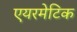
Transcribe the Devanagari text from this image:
एयरमेटिक